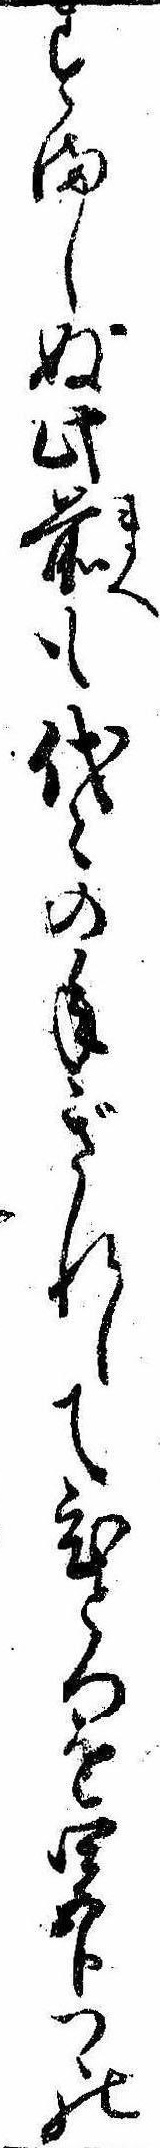
すましぬ此前も代ゝの年ぎれしてひとつを四五分つゝの